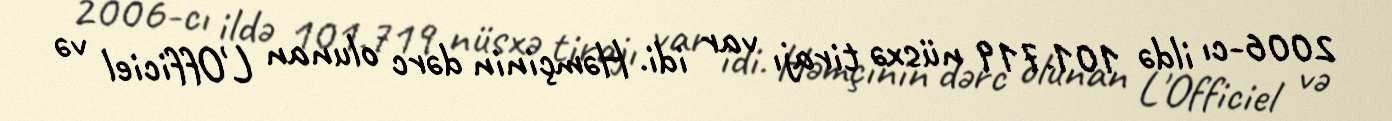
2006-cı ildə 101.719 nüsxə tirajı var idi. Həmçinin dərc olunan L'Officiel və